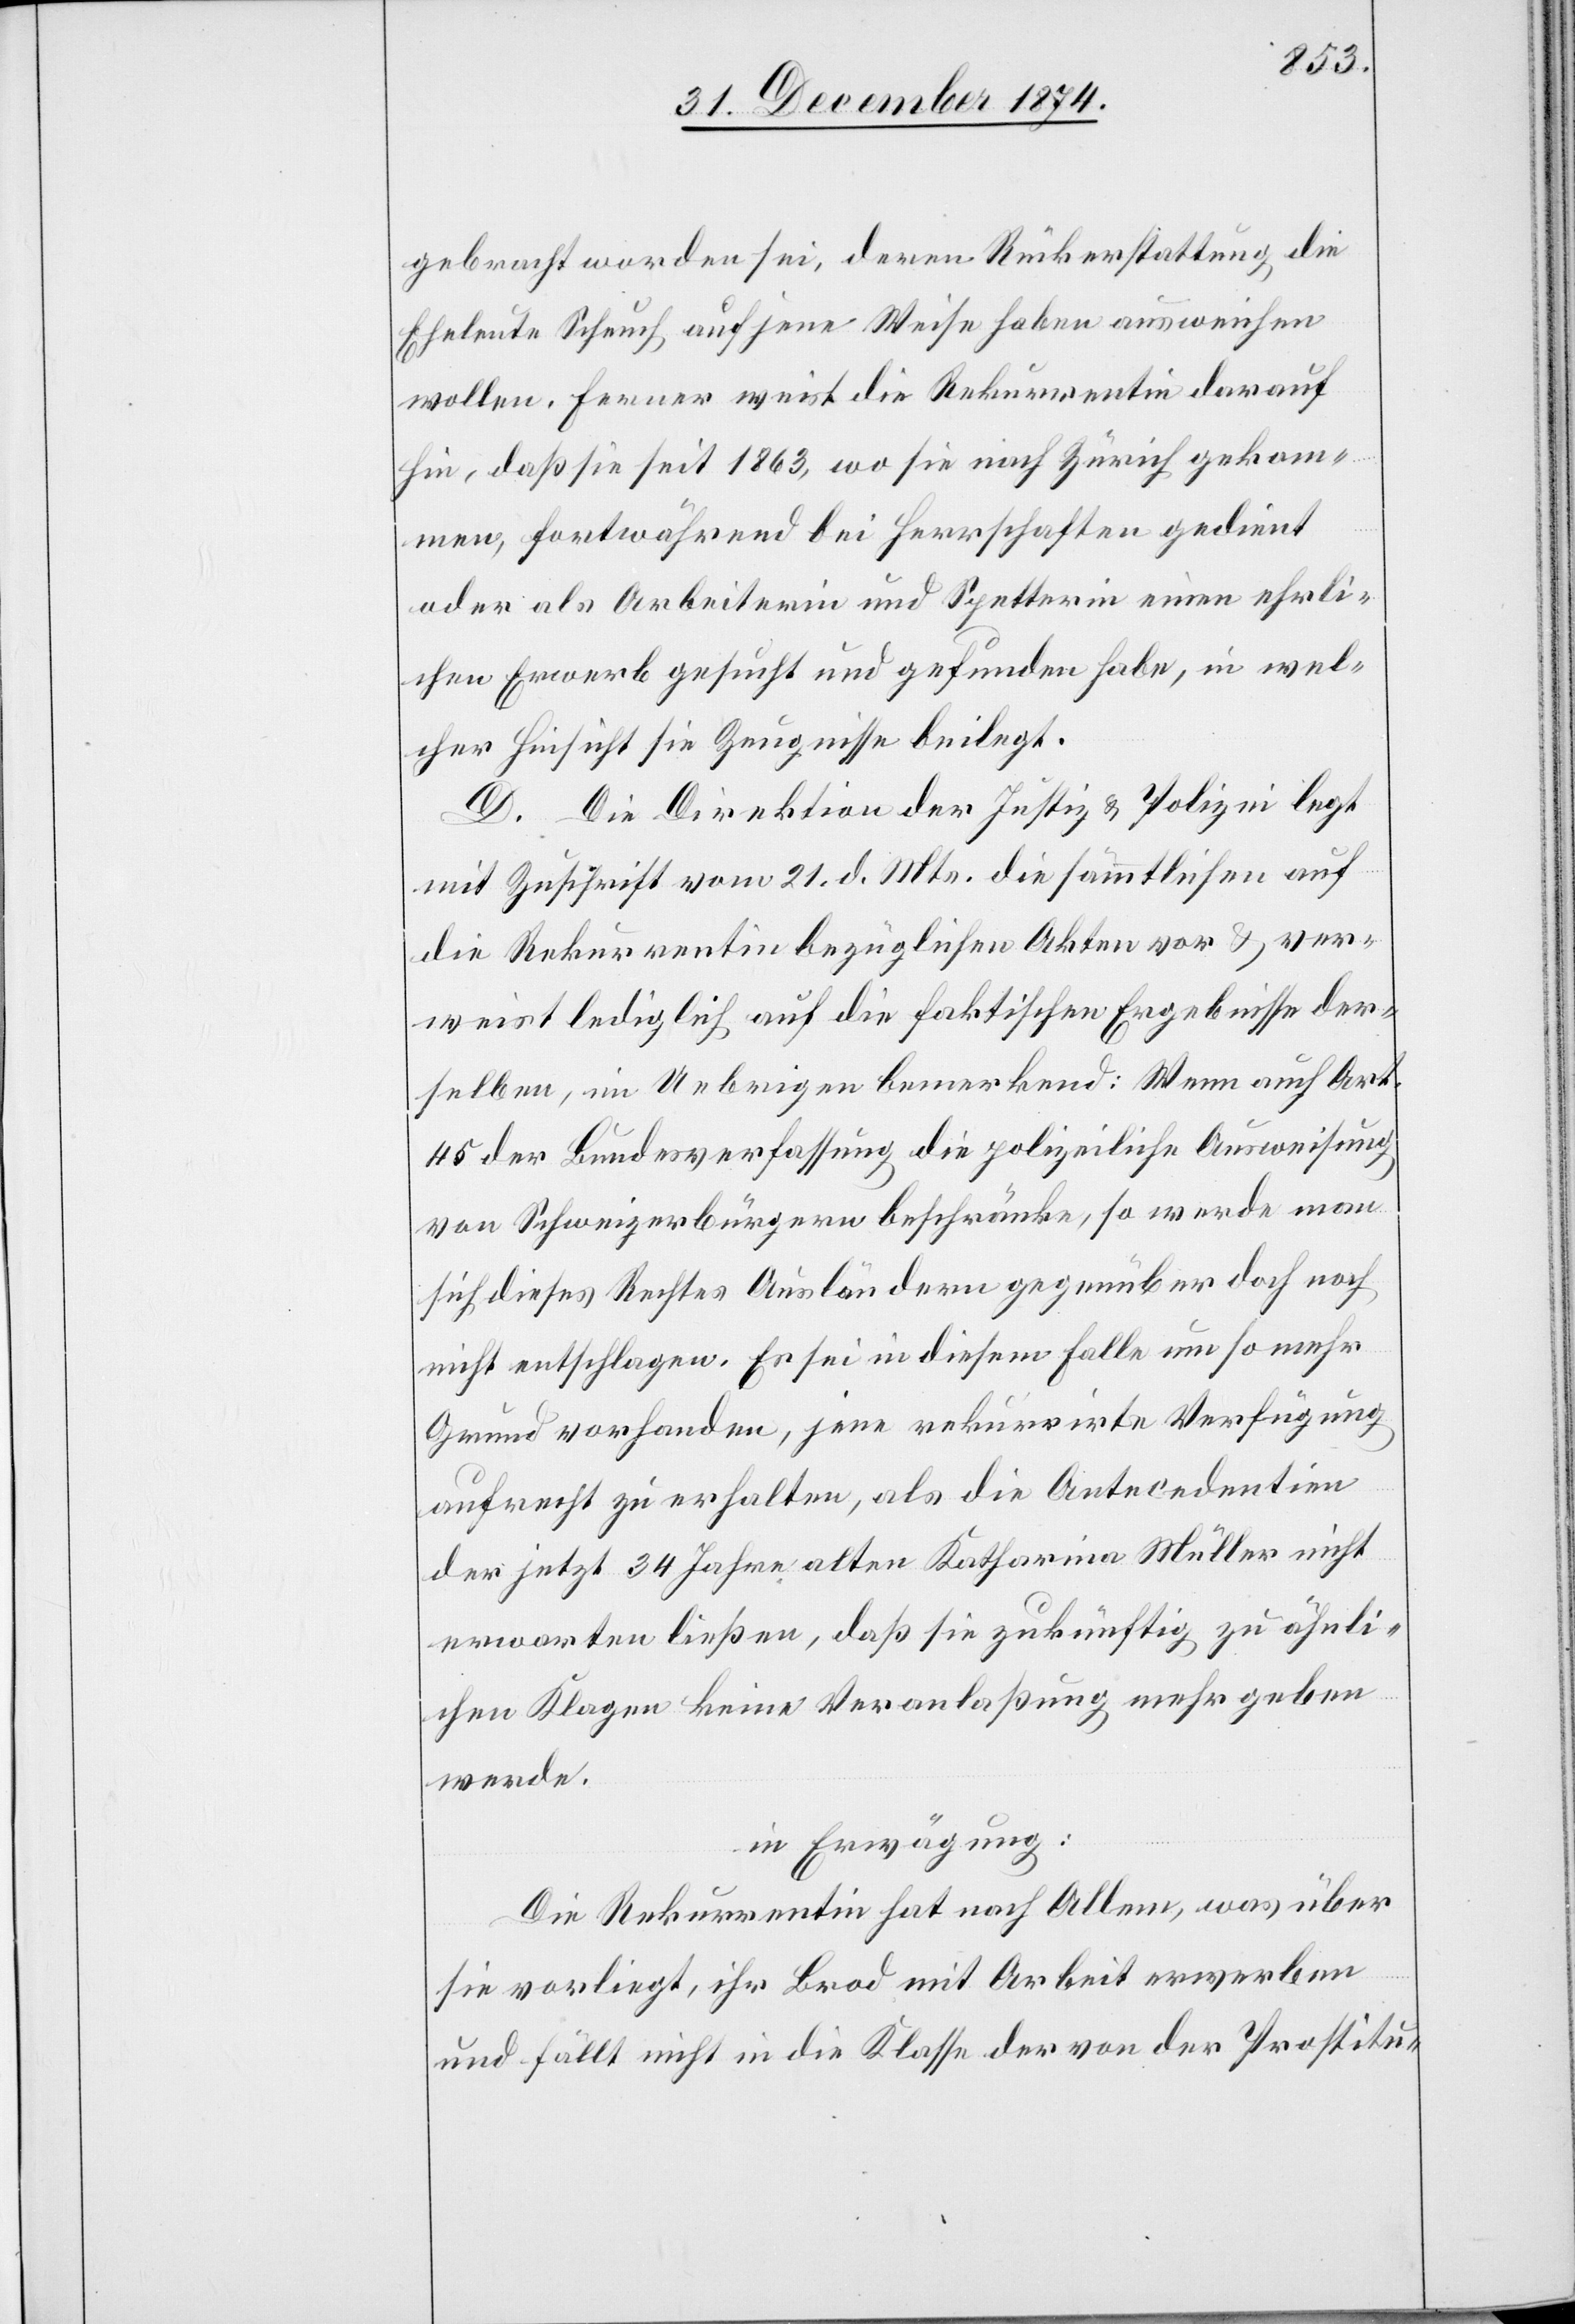
gebracht worden sei, deren Rückerstattung die
Eheleute Scheuch auf jene Weise haben ausweichen
wollen. Ferner weist die Rekurrentin darauf
hin, daß sie seit 1863, wo sie nach Zürich gekom¬
men, fortwährend bei Herrschaften gedient
oder als Arbeiterin und Spetterin einen ehrli¬
chen Erwerb gesucht und gefunden habe, in wel¬
cher Hinsicht sie Zeugnisse beilegt.
D. Die Direktion der Justiz & Polizei legt
mit Zuschrift vom 21. d. Mts. die sämmtlichen auf
die Rekurrentin bezüglichen Akten vor & ver¬
weist lediglich auf die faktischen Ergebnisse der¬
selben, im Uebrigen bemerkend: Wenn auch Art.
45 der Bundesverfassung die polizeiliche Ausweisung
von Schweizerbürgern beschränke, so werde man
sich dieses Rechtes Ausländern gegenüber doch noch
nicht entschlagen. Es sei in diesem Falle um so mehr
Grund vorhanden, jene rekurrirte Verfügung
aufrecht zu erhalten, als die Antecedentien
der jetzt 34 Jahre alten Katharina Müller nicht
erwarten ließen, daß sie zukünftig zu ähnli¬
chen Klagen keine Veranlaßung mehr geben
werde.
in Erwägung:
Die Rekurrentin hat nach Allem, was über
sie vorliegt, ihr Brod mit Arbeit erwerben
und fällt nicht in die Klasse der von der Prostitu-